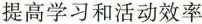
提高学习和活动效率